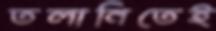
তলানিতেই